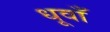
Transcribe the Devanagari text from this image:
धूवाँ